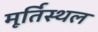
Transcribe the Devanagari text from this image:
मूर्तिस्थल